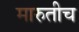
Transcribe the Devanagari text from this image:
मारुतीच